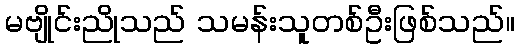
မဗျိုင်းညိုသည် သမန်းသူတစ်ဦးဖြစ်သည်။